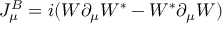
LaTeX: J _ { \mu } ^ { B } = i ( W \partial _ { \mu } W ^ { * } - W ^ { * } \partial _ { \mu } W )